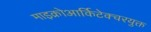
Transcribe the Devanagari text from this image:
माइक्रोआर्किटेक्चरयुक्त